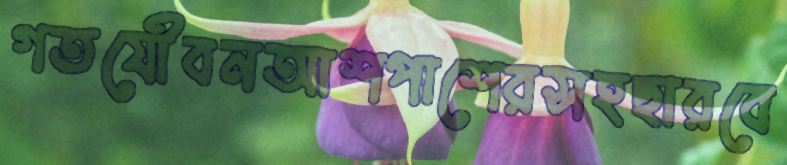
গতযৌবনআশপাশেরসহছারবে